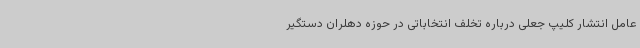
عامل انتشار کلیپ جعلی درباره تخلف انتخاباتی در حوزه دهلران دستگیر